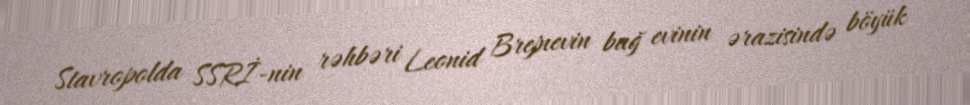
Stavropolda SSRİ-nin rəhbəri Leonid Brejnevin bağ evinin ərazisində böyük